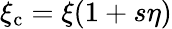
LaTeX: \xi_{\mathrm{c}}=\xi(1+s\eta)